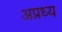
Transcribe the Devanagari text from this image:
अप्रध्य